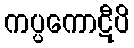
ကပ္ပကောဋီပိ